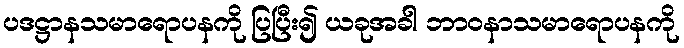
ပဒဋ္ဌာနသမာရောပနကို ပြပြီး၍ ယခုအခါ ဘာဝနာသမာရောပနကို